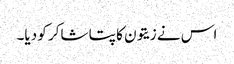
اس نے زیتون کا پتا شاکر کو دیا۔